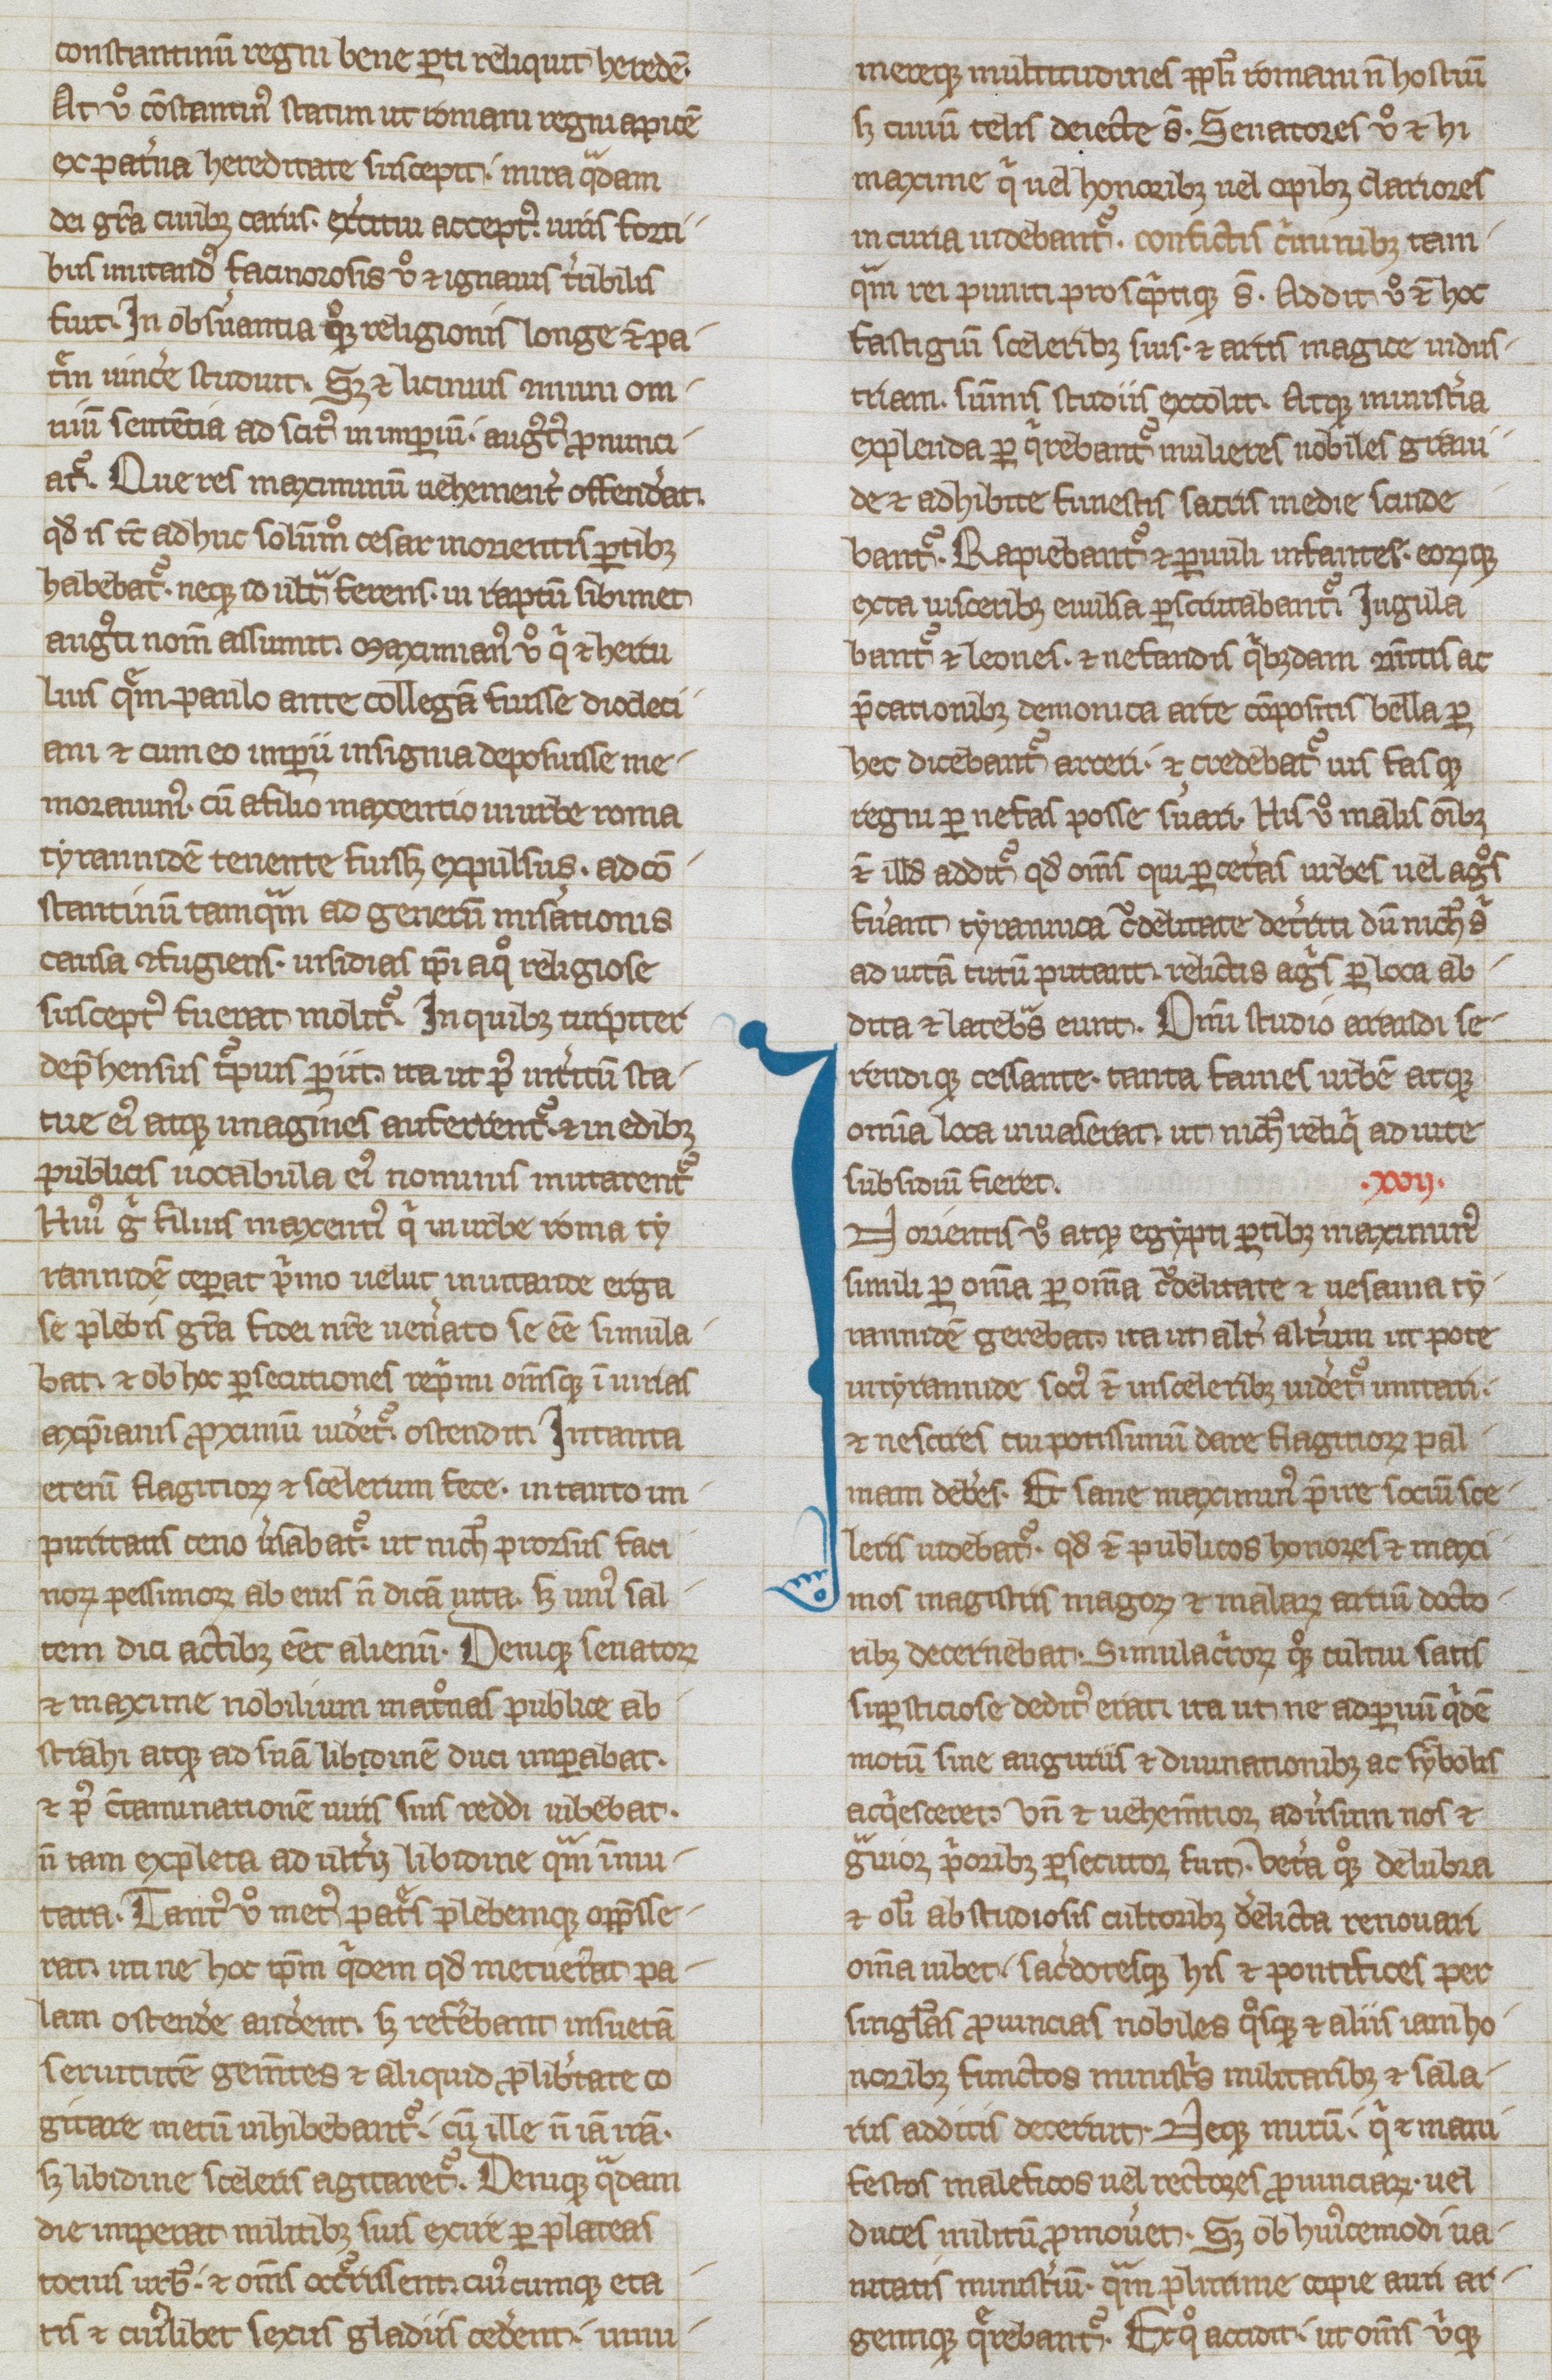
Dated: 1250–1299